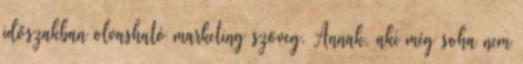
időszakban olvasható marketing szöveg. Annak, aki még soha nem